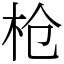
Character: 枪